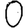
Digit: 0